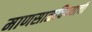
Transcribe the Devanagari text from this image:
माणसाळविण्याची